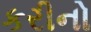
કરીનો